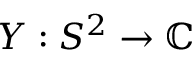
Y : S ^ { 2 } \to \mathbb { C }